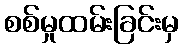
စစ်မှုထမ်းခြင်းမှ